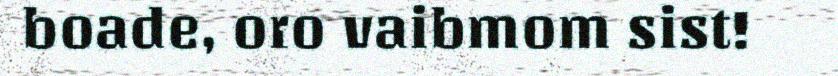
boade, oro vaibmom sist!